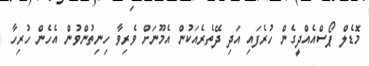
މޮޑެލް ޕޯސްއެއްދީގެން ހުރެފައި އަދި ދޭތެރެއަކުން އެމޫނަށް ވެރިވާ ހިނިތުންވުން އެހެން ހުރިހާ